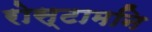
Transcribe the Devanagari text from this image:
रोस्टामनि